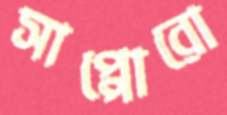
সাপ্পোরো